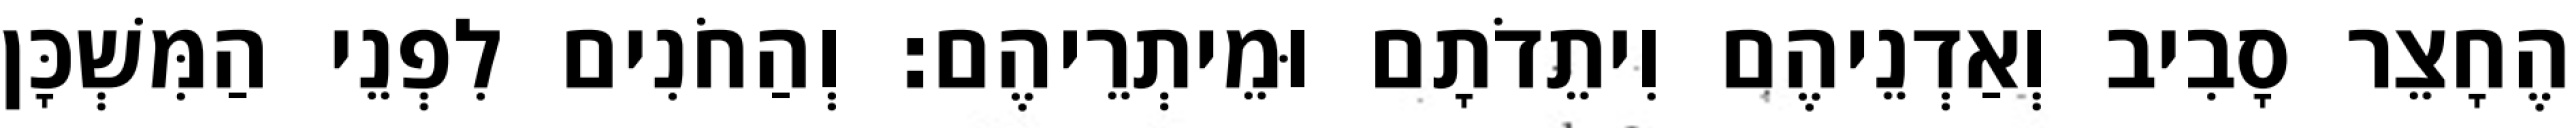
הֶחָצֵר סָבִיב וְאַדְנֵיהֶם וִיתֵדֹתָם וּמֵיתְרֵיהֶם׃ וְהַחֹנִים לִפְנֵי הַמִּשְׁכָּן